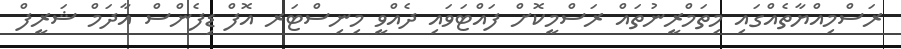
ރަސްމިއްޔާތެއްގައި މިތަމްރީނުތައް ރަސްމީކޮށް ފައްޓަވައި ދެއްވީ މިނިސްޓަރ އޮފް ޑިފެންސް އާދަމް ޝަރީފް